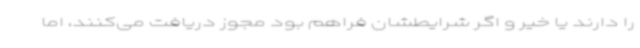
را دارند یا خیر و اگر شرایطشان فراهم بود مجوز دریافت می‌کنند، اما